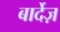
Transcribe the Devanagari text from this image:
बार्देज़